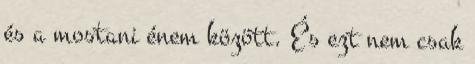
és a mostani énem között. És ezt nem csak